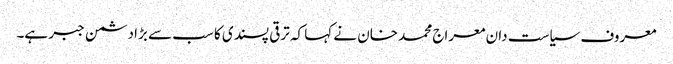
معروف سیاست دان معراج محمد خان نے کہا کہ ترقی پسندی کا سب سے بڑا دشمن جبر ہے۔